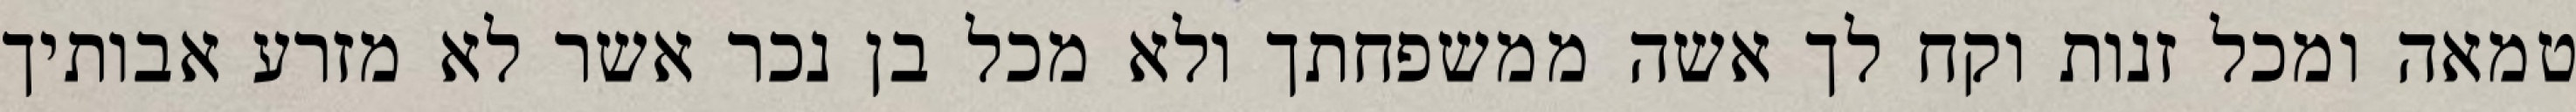
טמאה ומכל זנות וקח לך אשה ממשפחתך ולא מכל בן נכר אשר לא מזרע אבותיך